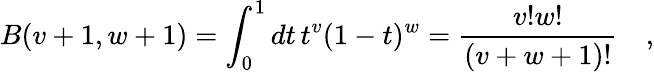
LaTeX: B(v+1,w+1)=\int_{0}^{1}dt\, t^{v}(1-t)^{w}={\frac{v!w!}{(v+w+1)!}}\quad,